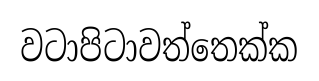
වටාපිටාවත්තෙක්ක